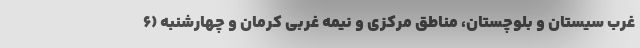
غرب سیستان و بلوچستان، مناطق مرکزی و نیمه غربی کرمان و چهارشنبه (۶